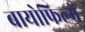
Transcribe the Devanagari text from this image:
बायोफिल्में